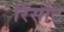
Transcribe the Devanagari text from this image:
रिर्सोट